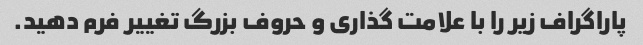
پاراگراف زیر را با علامت گذاری و حروف بزرگ تغییر فرم دهید.